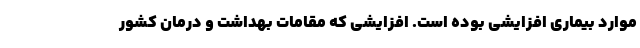
موارد بیماری افزایشی بوده است. افزایشی که مقامات بهداشت و درمان کشور